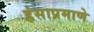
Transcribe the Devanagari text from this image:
हंसाप्रमाणे